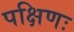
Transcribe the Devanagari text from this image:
पक्षिणः